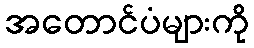
အတောင်ပံများကို